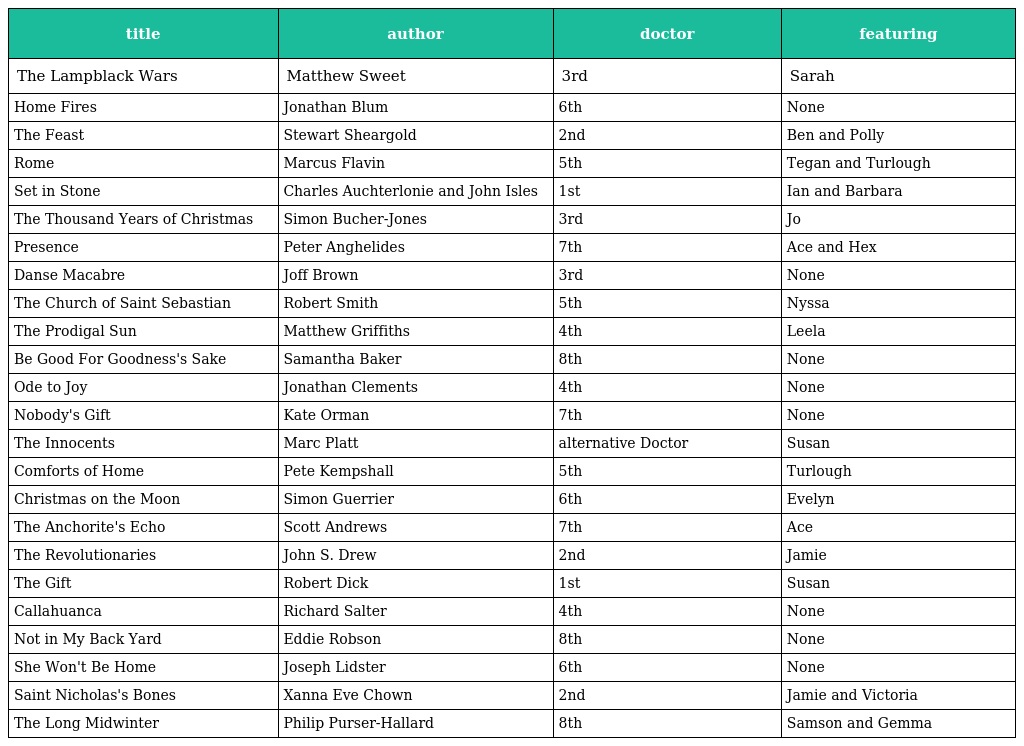
| title | author | doctor | featuring |
 | --- | --- | --- | --- |
 | The Lampblack Wars | Matthew Sweet | 3rd | Sarah |
 | Home Fires | Jonathan Blum | 6th | None |
 | The Feast | Stewart Sheargold | 2nd | Ben and Polly |
 | Rome | Marcus Flavin | 5th | Tegan and Turlough |
 | Set in Stone | Charles Auchterlonie and John Isles | 1st | Ian and Barbara |
 | The Thousand Years of Christmas | Simon Bucher-Jones | 3rd | Jo |
 | Presence | Peter Anghelides | 7th | Ace and Hex |
 | Danse Macabre | Joff Brown | 3rd | None |
 | The Church of Saint Sebastian | Robert Smith | 5th | Nyssa |
 | The Prodigal Sun | Matthew Griffiths | 4th | Leela |
 | Be Good For Goodness's Sake | Samantha Baker | 8th | None |
 | Ode to Joy | Jonathan Clements | 4th | None |
 | Nobody's Gift | Kate Orman | 7th | None |
 | The Innocents | Marc Platt | alternative Doctor | Susan |
 | Comforts of Home | Pete Kempshall | 5th | Turlough |
 | Christmas on the Moon | Simon Guerrier | 6th | Evelyn |
 | The Anchorite's Echo | Scott Andrews | 7th | Ace |
 | The Revolutionaries | John S. Drew | 2nd | Jamie |
 | The Gift | Robert Dick | 1st | Susan |
 | Callahuanca | Richard Salter | 4th | None |
 | Not in My Back Yard | Eddie Robson | 8th | None |
 | She Won't Be Home | Joseph Lidster | 6th | None |
 | Saint Nicholas's Bones | Xanna Eve Chown | 2nd | Jamie and Victoria |
 | The Long Midwinter | Philip Purser-Hallard | 8th | Samson and Gemma |